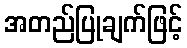
အတည်ပြုချက်ဖြင့်